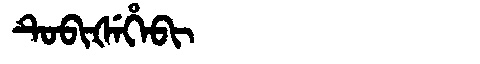
Manchu: ᡨᡠᠪᡳᡧᡝᡥᡝᠪᡳ
Romanization: TUBIŠEHEBI